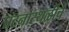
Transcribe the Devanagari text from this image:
घटनास्थळीचे